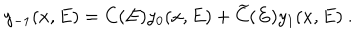
LaTeX: y _ { - 1 } ( x , E ) = C ( E ) y _ { 0 } ( x , E ) + \widetilde C ( E ) y _ { 1 } ( x , E ) ~ .